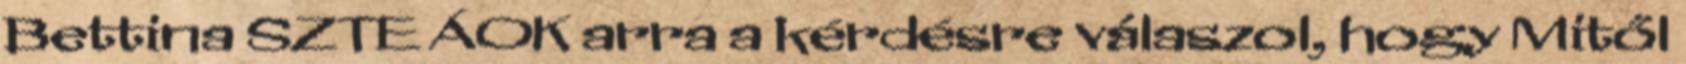
Bettina SZTE ÁOK arra a kérdésre válaszol, hogy Mitől